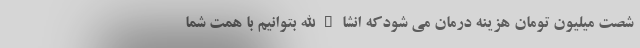
شصت میلیون تومان هزینه درمان می شودکه انشاءالله بتوانیم با همت شما